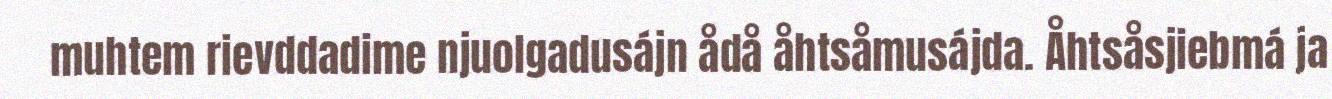
muhtem rievddadime njuolgadusájn ådå åhtsåmusájda. Åhtsåsjiebmá ja